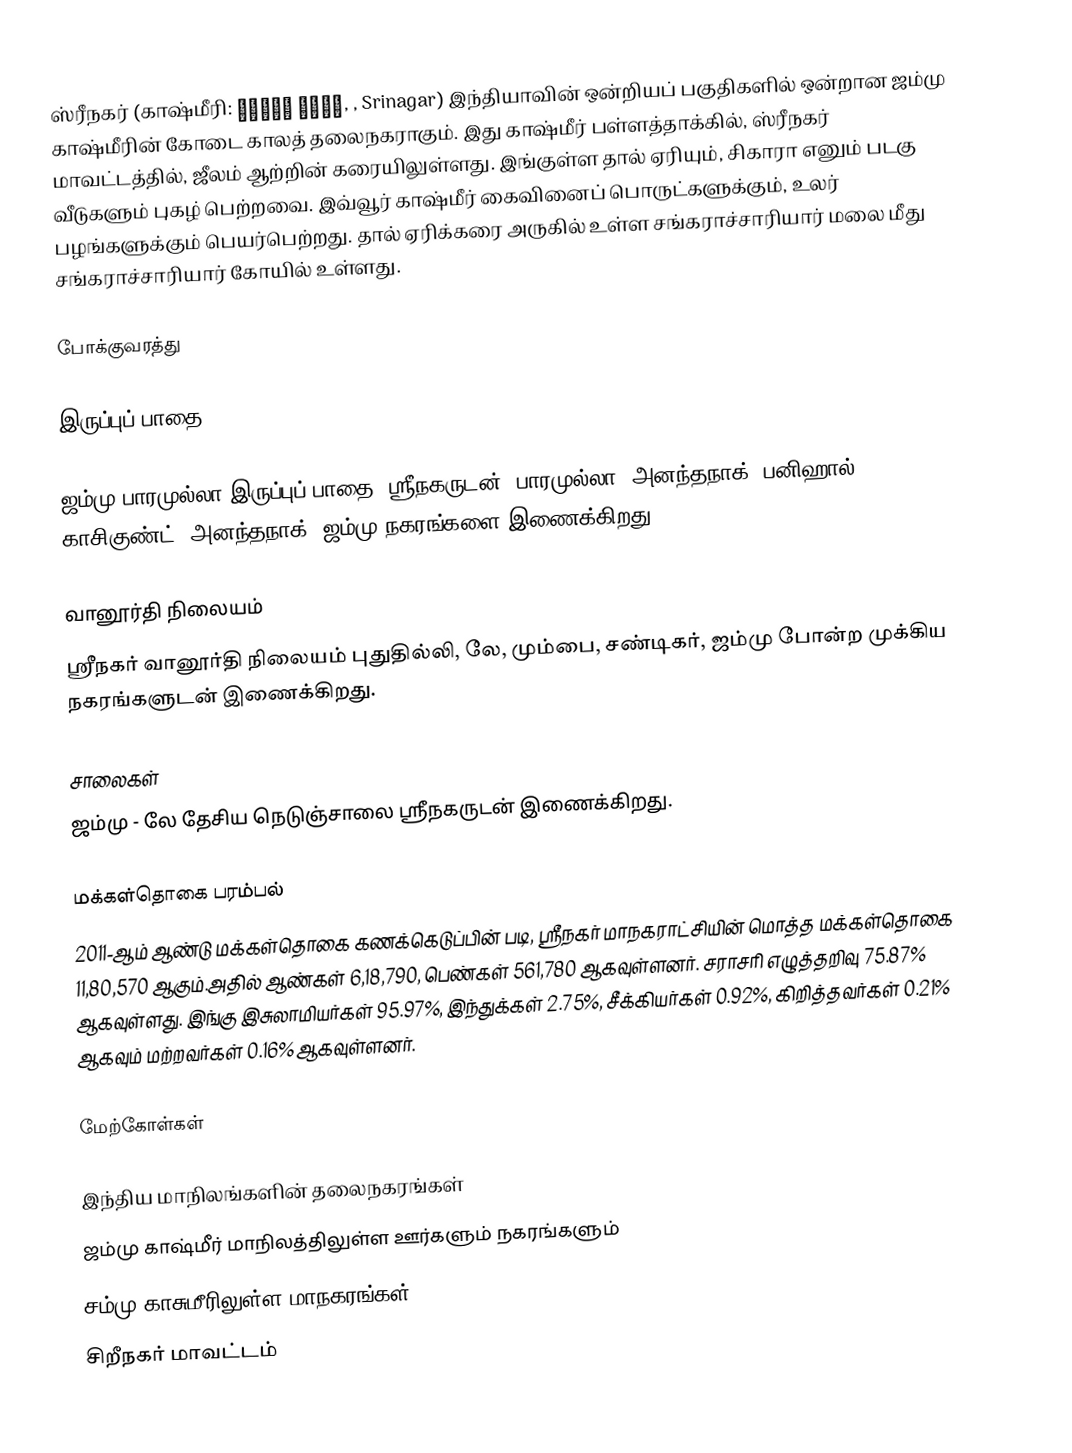
ஸ்ரீநகர் (காஷ்மீரி: سِری نَگَر, , Srinagar) இந்தியாவின் ஒன்றியப் பகுதிகளில் ஒன்றான ஜம்மு காஷ்மீரின் கோடை காலத் தலைநகராகும். இது காஷ்மீர் பள்ளத்தாக்கில், ஸ்ரீநகர் மாவட்டத்தில், ஜீலம் ஆற்றின் கரையிலுள்ளது. இங்குள்ள தால் ஏரியும், சிகாரா எனும் படகு வீடுகளும் புகழ் பெற்றவை. இவ்வூர் காஷ்மீர் கைவினைப் பொருட்களுக்கும், உலர் பழங்களுக்கும் பெயர்பெற்றது. தால் ஏரிக்கரை அருகில் உள்ள சங்கராச்சாரியார் மலை மீது சங்கராச்சாரியார் கோயில் உள்ளது.

போக்குவரத்து

இருப்புப் பாதை

ஜம்மு-பாரமுல்லா இருப்புப் பாதை, ஸ்ரீநகருடன், பாரமுல்லா, அனந்தநாக், பனிஹால், காசிகுண்ட், அனந்தநாக், ஜம்மு நகரங்களை இணைக்கிறது.

வானூர்தி நிலையம்
ஸ்ரீநகர் வானூர்தி நிலையம் புதுதில்லி,  லே, மும்பை, சண்டிகர், ஜம்மு போன்ற  முக்கிய நகரங்களுடன் இணைக்கிறது.

சாலைகள்
ஜம்மு - லே தேசிய நெடுஞ்சாலை ஸ்ரீநகருடன் இணைக்கிறது.

மக்கள்தொகை பரம்பல்
2011-ஆம் ஆண்டு மக்கள்தொகை கணக்கெடுப்பின் படி, ஸ்ரீநகர் மாநகராட்சியின் மொத்த மக்கள்தொகை  11,80,570 ஆகும்.அதில் ஆண்கள் 6,18,790, பெண்கள் 561,780 ஆகவுள்ளனர். சராசரி எழுத்தறிவு 75.87% ஆகவுள்ளது.  இங்கு இசுலாமியர்கள் 95.97%, இந்துக்கள் 2.75%, சீக்கியர்கள் 0.92%, கிறித்தவர்கள் 0.21% ஆகவும் மற்றவர்கள் 0.16% ஆகவுள்ளனர்.

மேற்கோள்கள்

இந்திய மாநிலங்களின் தலைநகரங்கள்
ஜம்மு காஷ்மீர் மாநிலத்திலுள்ள ஊர்களும் நகரங்களும்
சம்மு காசுமீரிலுள்ள மாநகரங்கள்
சிறீநகர் மாவட்டம்